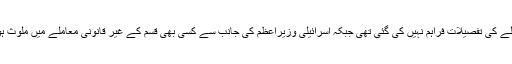
تاہم اس موقع پر مذکورہ معاملے کی تفصیلات فراہم نہیں کی گئی تھی جبکہ اسرائیلی وزیراعظم کی جانب سے کسی بھی قسم کے غیر قانونی معاملے میں ملوث ہونے کی تردید کی جاتی رہی۔